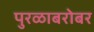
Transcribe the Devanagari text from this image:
पुरळाबरोबर